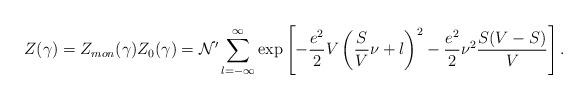
LaTeX: \begin{align*}Z(\gamma) = Z_{mon}(\gamma) Z_{0}(\gamma) = {\cal N}' \sum_{l=-\infty}^{\infty} \exp \left[ - \frac{e^{2}}{2} V \left( \frac{S}{V}\nu + l \right)^{2} - \frac{e^{2}}{2}\nu^2 \frac{S(V-S)}{V} \right].\end{align*}